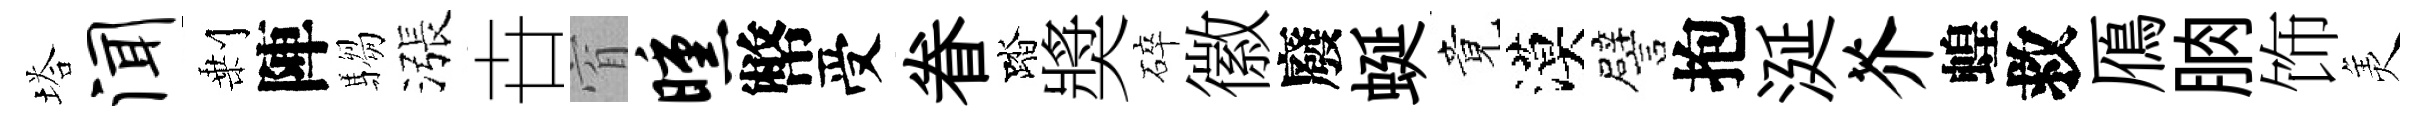
塔闻剰陣騶漲卋窅曛幣受眷踏奬碎徽廢蜒竟漠譬抱涎芥蝗救鴈朒饰羙